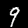
Digit: 9